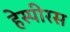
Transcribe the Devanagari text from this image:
हेस्पीरस